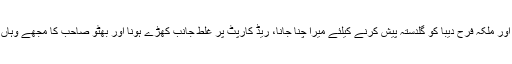
موہنجوداڑو ایئر پورٹ پر شہنشاہِ ایران اور ملکہ فرح دیبا کو گلدستہ پیش کرنے کیلئے میرا چنا جانا، ریڈ کارپٹ پر غلط جانب کھڑے ہونا اور بھٹو صاحب کا مجھے وہاں سے اٹھا کر صحیح جگہ پر کھڑا کرنا۔